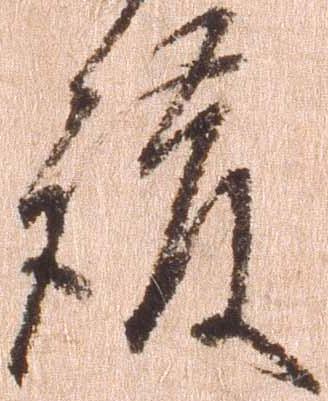
護